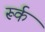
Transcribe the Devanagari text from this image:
रूर्क